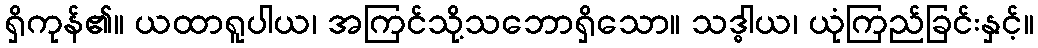
ရှိကုန်၏။ ယထာရူပါယ၊ အကြင်သို့သဘောရှိသော။ သဒ္ဓါယ၊ ယုံကြည်ခြင်းနှင့်။